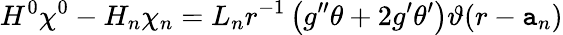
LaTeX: H^{0}\chi^{0}-H_{n}\chi_{n}=L_{n}r^{-1}\left(g^{\prime\prime}\theta+2g^{\prime}\theta^{\prime}\right)\vartheta(r-\mathtt{a}_{n})